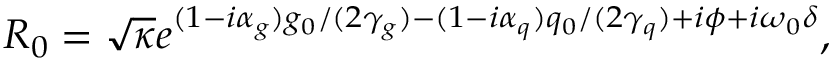
R _ { 0 } = \sqrt { \kappa } e ^ { ( 1 - i \alpha _ { g } ) g _ { 0 } / ( 2 \gamma _ { g } ) - ( 1 - i \alpha _ { q } ) q _ { 0 } / ( 2 \gamma _ { q } ) + i \phi + i \omega _ { 0 } \delta } ,